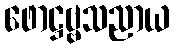
ဖောဋ္ဌဗ္ဗသညာယ